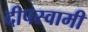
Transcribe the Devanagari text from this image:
दीपस्वामी